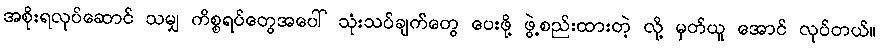
အစိုးရလုပ်ဆောင် သမျှ ကိစ္စရပ်တွေအပေါ် သုံးသပ်ချက်တွေ ပေးဖို့ ဖွဲ့စည်းထားတဲ့ လို့ မှတ်ယူ အောင် လုပ်တယ်။